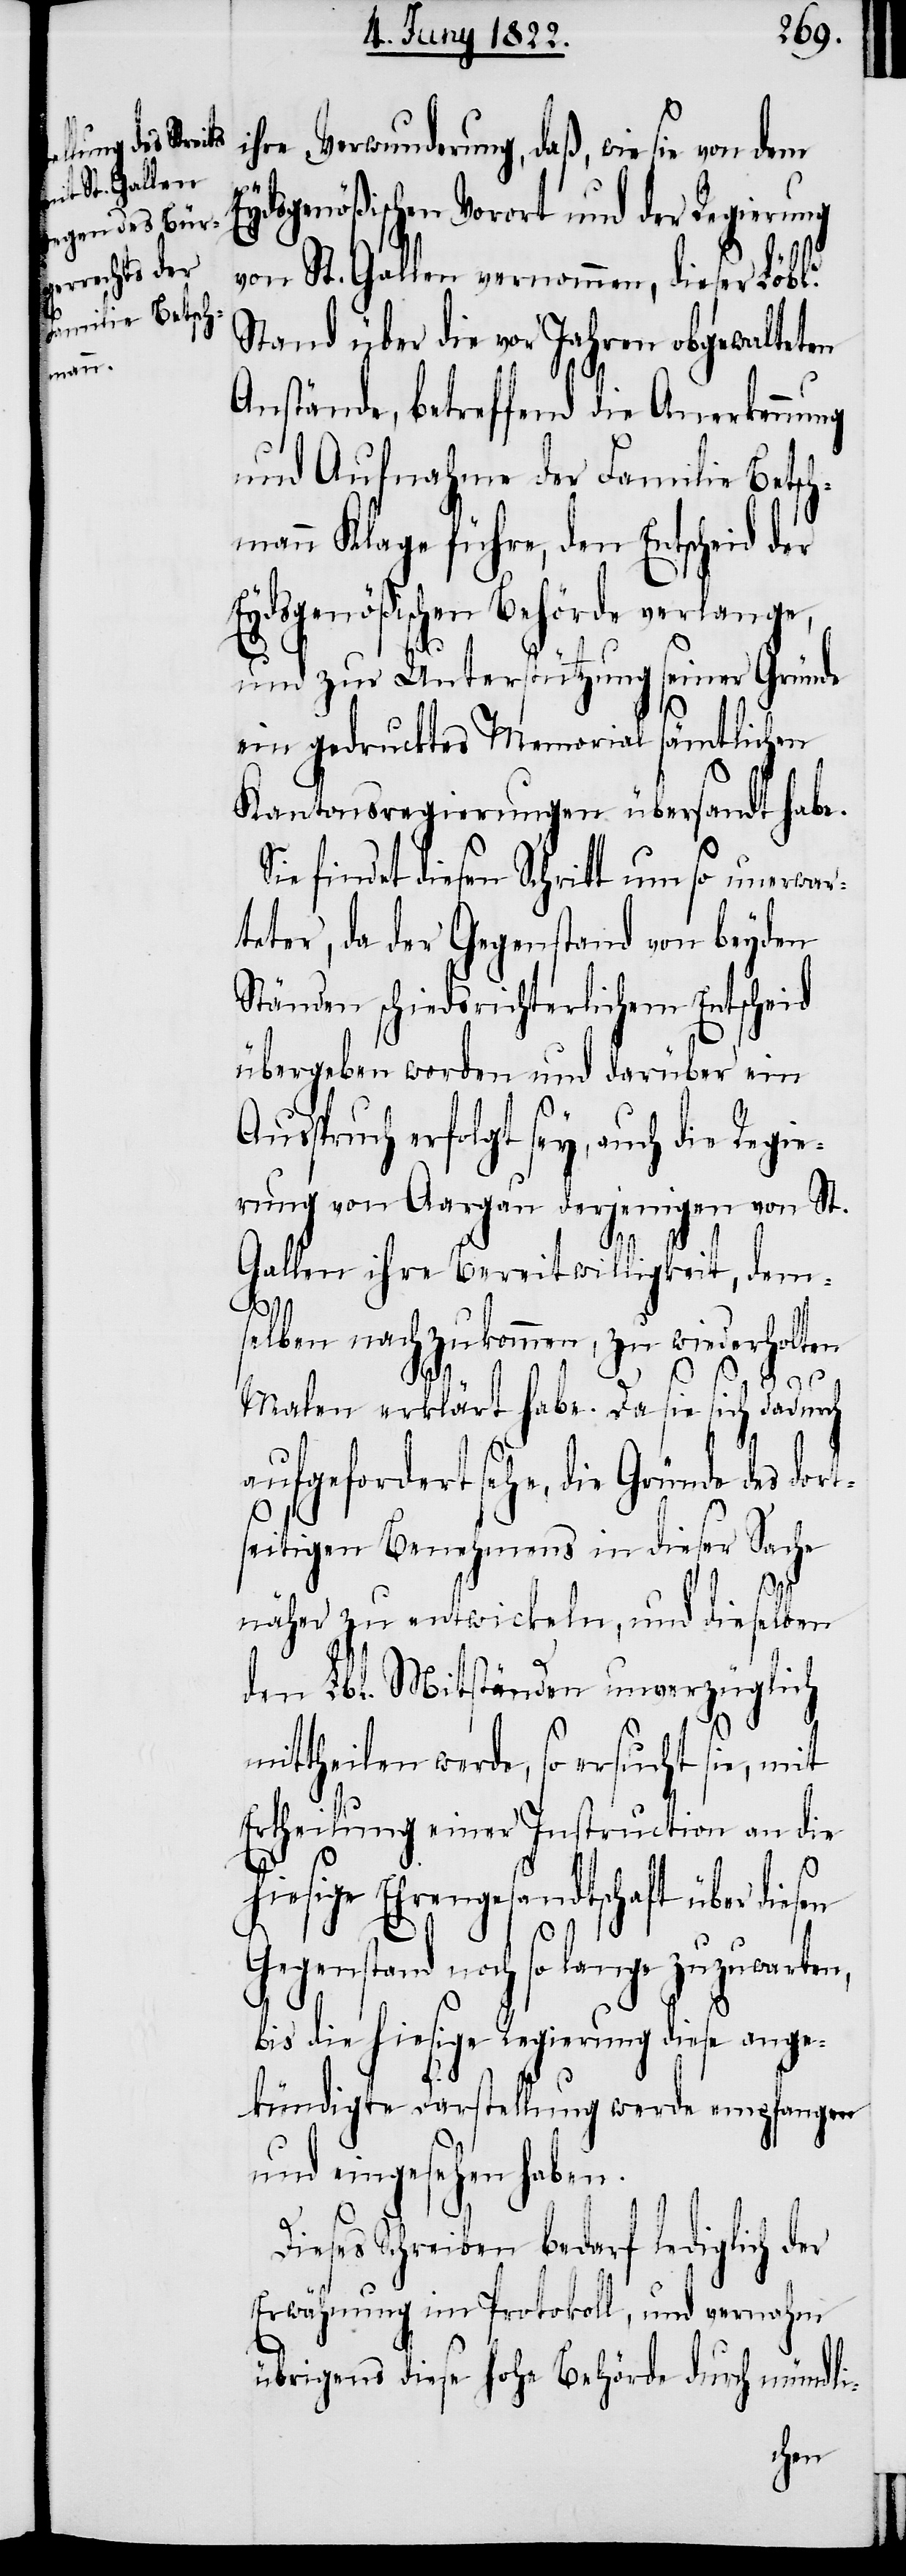
ihre Verwunderung, daß, wie sie von dem
Eydsgenößischen Vorort und der Regierung
von St. Gallen vernommen, dieser Löbl.
Stand über die vor Jahren obgewalteten
Anstände, betreffend die Anerkennung
und Aufnahme der Familie Betsc¬
hmann Klage führe, den Entscheid der
Eydsgenößischen Behörde verlange,
und zur Unterstützung seiner Gründe
ein gedrucktes Memorial sämtlichen
Kantonsregierungen übersandt habe.
findet diesen Schritt um so unerwar¬
teter, da der Gegenstand von beyden
Ständen schiedsrichterlichem Entscheid
übergeben worden und darüber ein
Anspruch erfolgt sey, auch die Regie¬
rung von Aargau derjenigen von St.
Gallen ihre Bereitwilligkeit, dem¬
selben nachzukommen, zu wiederholten
Malen erklärt habe. Da sie sich dadurch
aufgefordert sehe, die Gründe des
tseitigen Benehmens in dieser Sache
sen
näher zu entwickeln, und dieselben
dem Lbl. Mitständen unverzüglich
mittheilen werde, so ersucht sie, mit
Ertheilung einer Instruction an die
hiesige Ehrengesandtschaft über die¬
Gegenstand noch so lange zuzuwarten,
bis die hiesige Regierung diese ange¬
kündigte Darstellung werde empfangen
und eingesehen haben.
Dieses Schreiben bedarf lediglich der
Erwähnung im Protokoll, und vernahm
übrigens diese hohe Behörde durch mündli-